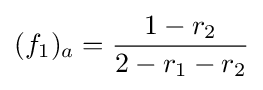
(f_{1})_{a}={\frac {1-r_{2}}{2-r_{1}-r_{2}}}